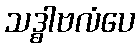
သဒ္ဓါဗလံပေ